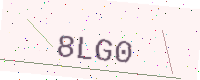
Text: 8LG0